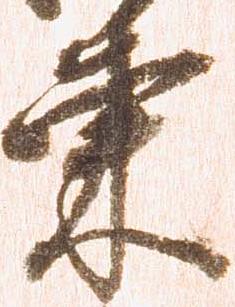
東